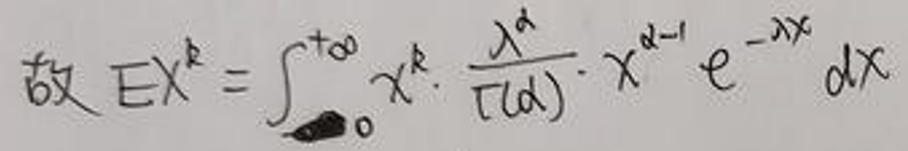
故$  E X^{k}=\int_{0}^{+\infty} x^{k} \cdot \frac{\lambda^{\alpha}}{\Gamma(\alpha)} \cdot x^{\alpha - 1} e^{-\lambda x} d x$